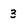
Character: 3